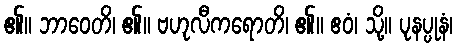
၏။ ဘာဝေတိ၊ ၏။ ဗဟုလီကရောတိ၊ ၏။ ဧဝံ၊ သို့။ ပုနပ္ပုနံ၊